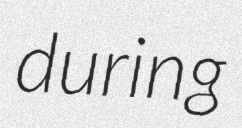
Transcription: during